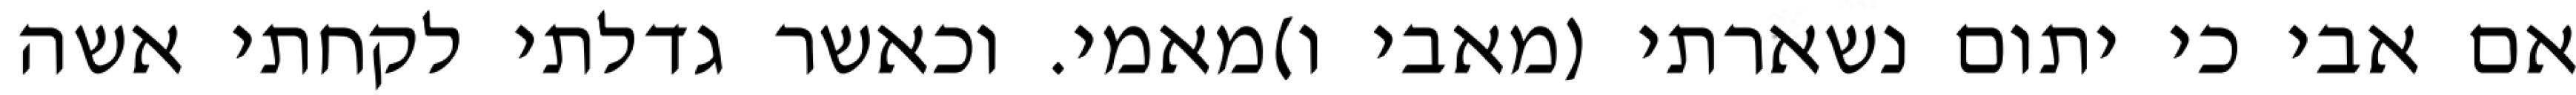
אם אבי כי יתום נשארתי (מאבי ו)מאמי. וכאשר גדלתי לקחתי אשה